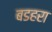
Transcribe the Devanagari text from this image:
बडहरा